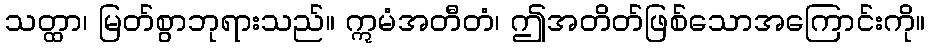
သတ္ထာ၊ မြတ်စွာဘုရားသည်။ ဣမံအတီတံ၊ ဤအတိတ်ဖြစ်သောအကြောင်းကို။